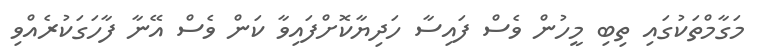
މަގާމްތަކުގައި ތިބި މީހުން ވެސް ފައިސާ ހަދިޔާކޮށްފައިވާ ކަން ވެސް އޭނާ ފާހަގަކުރެއްވި